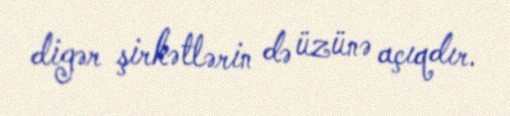
digər şirkətlərin də üzünə açıqdır.